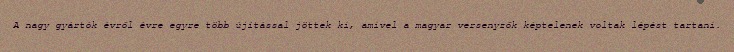
A nagy gyártók évről évre egyre több újítással jöttek ki, amivel a magyar versenyzők képtelenek voltak lépést tartani.